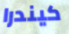
كيندرا